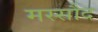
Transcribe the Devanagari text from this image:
मस्सौद